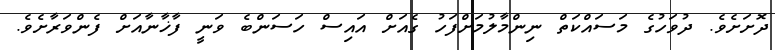
ދޮޮށަށެވެ. ދުވަހުގެ މަސައްކަތް ނިންމާލުމަށްފަހު ގެއަށް އައިސް ހަސަންބެ ވަނީ ފާޚާނާއަށް ފެންވަރާށެވެ.